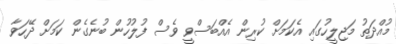
މުއްދަތު މަޖިލީހުގައި އެކަމަށް ކުރިން އެއްބަސްވީ ވެސް ފުލުހުން ބުނެގެން ކަމަށް ދޭހަވާ